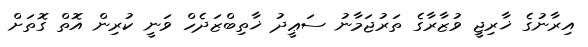
އިރާނުގެ ޚާރިޖީ ވުޒާރާގެ ތަރުޖަމާނު ސަޢީދު ޚާތިބްޒަދެހް ވަނީ ކުރިން އޮތް ގޮތަށް